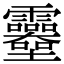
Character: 𩇎